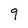
Character: 9